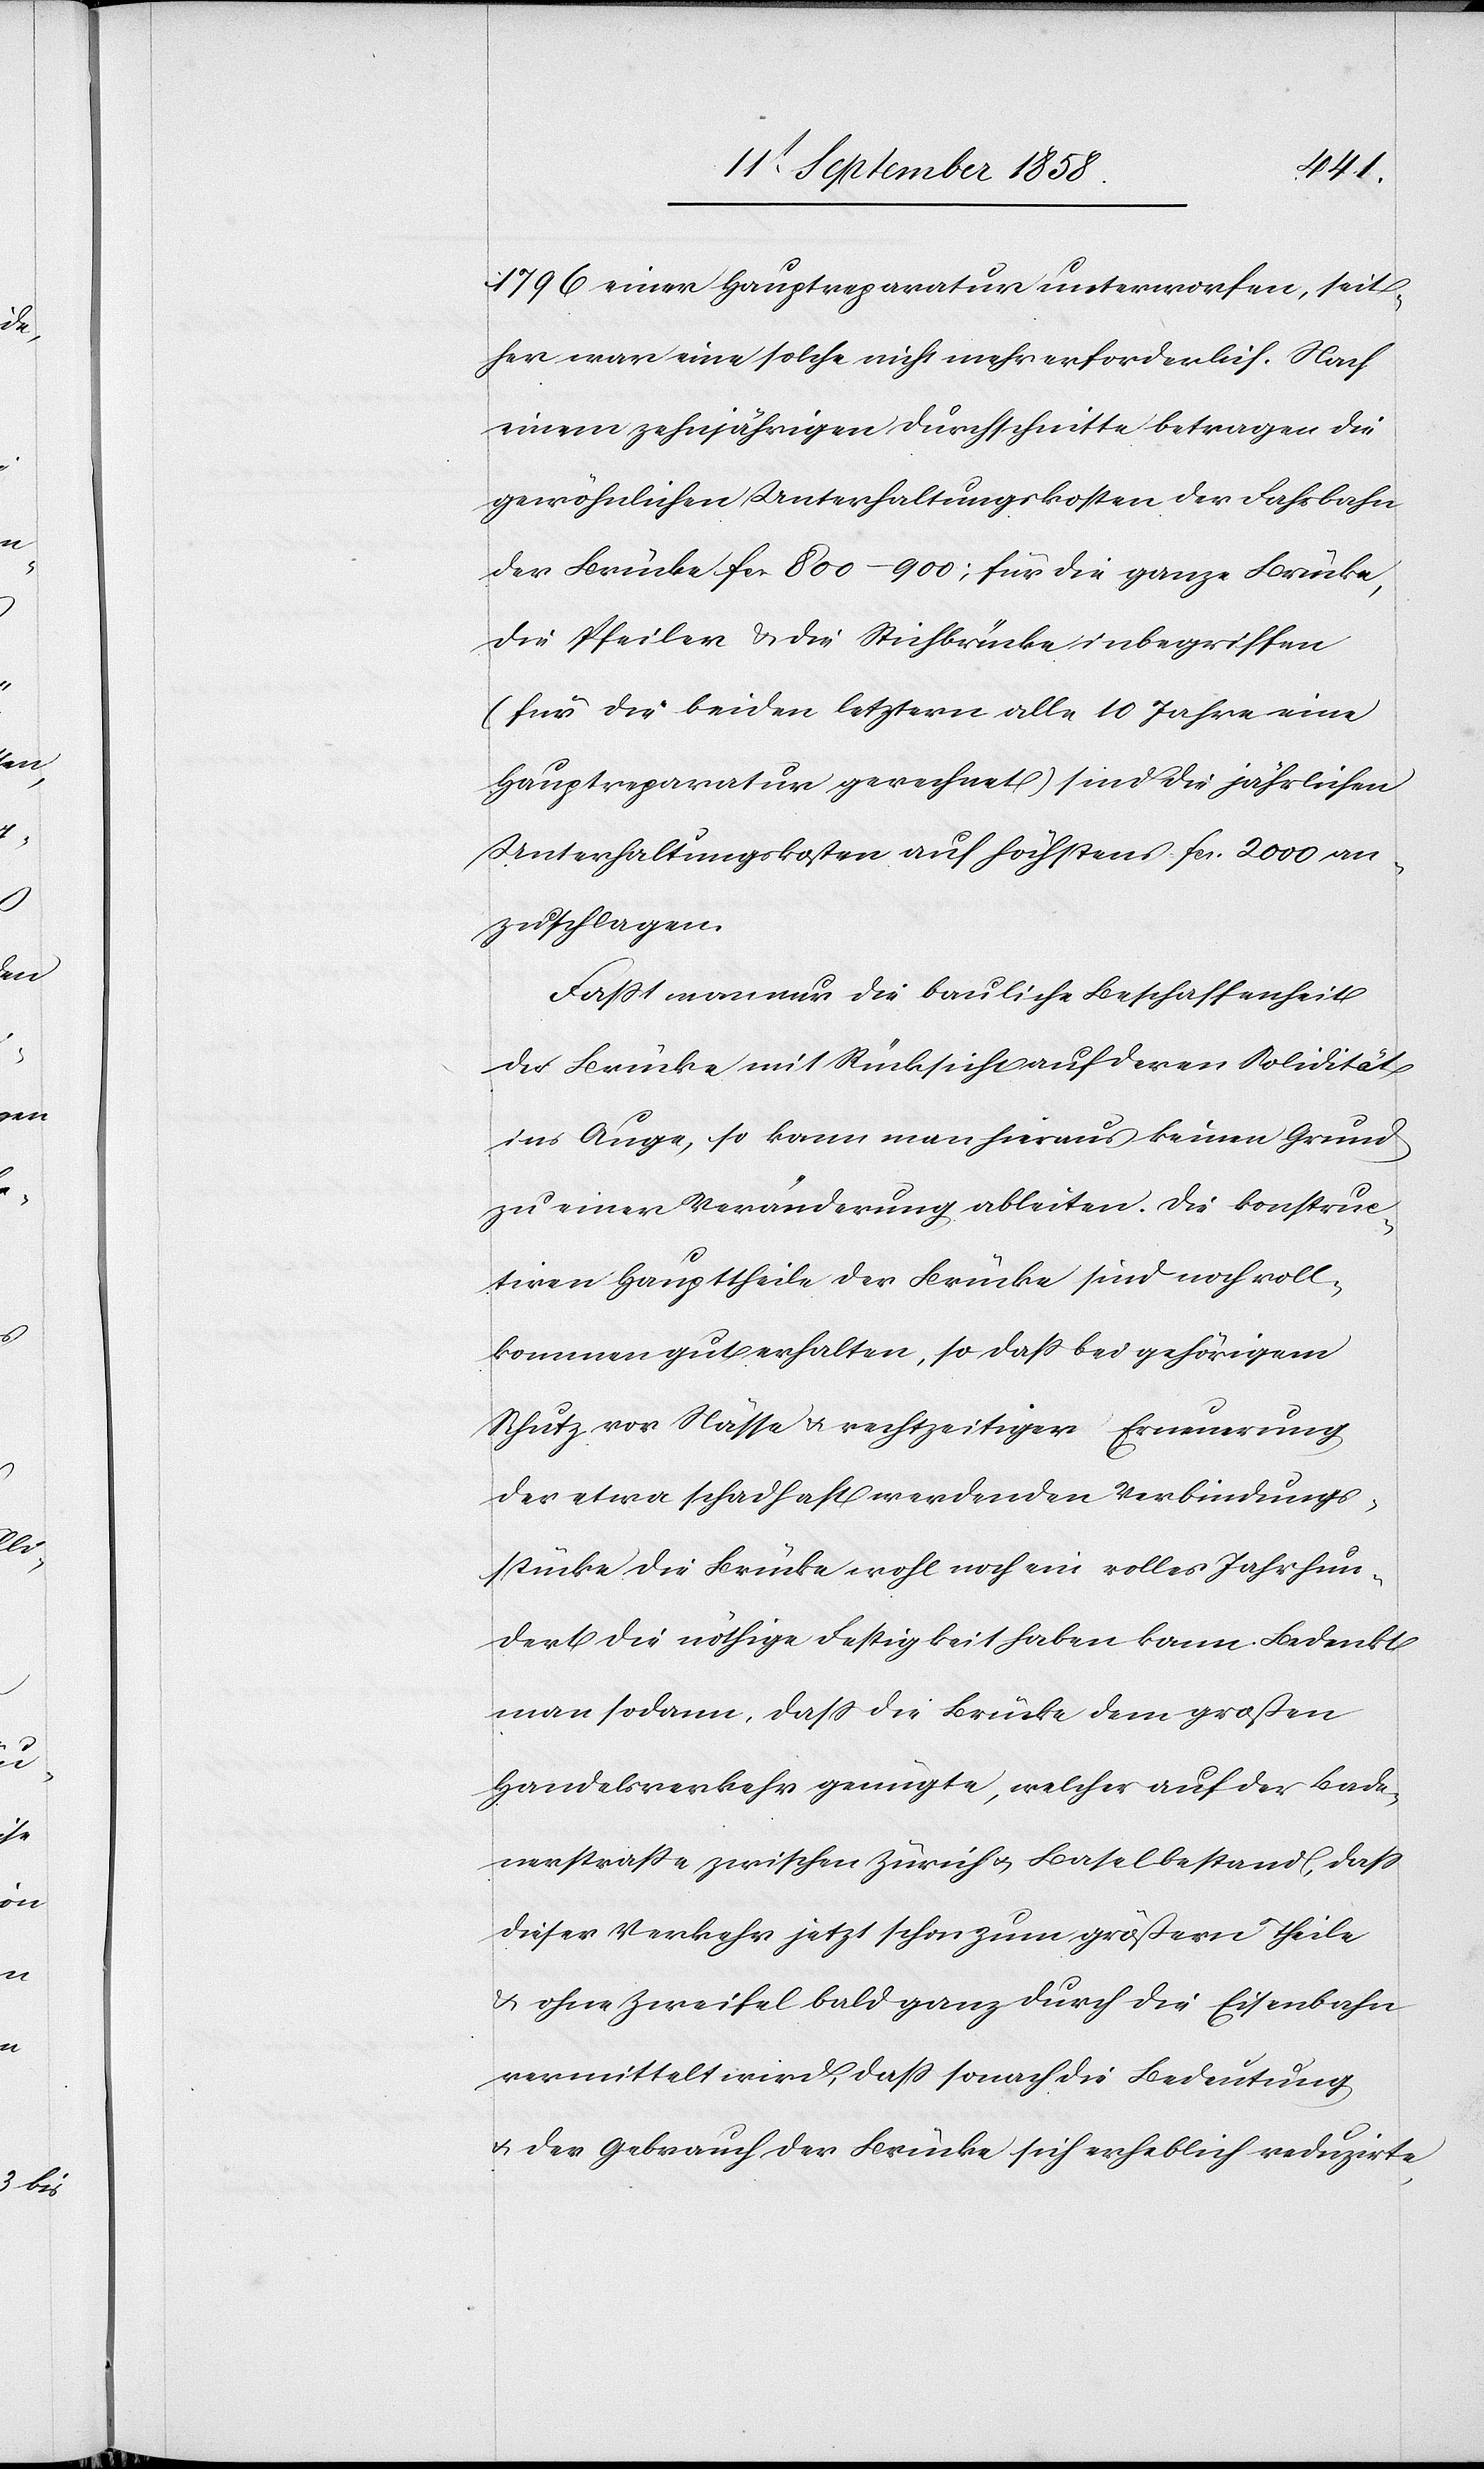
1796 einer Hauptreparatur unterworfen, seit¬
her war eine solche nicht mehr erforderlich. Nach
einem zehnjährigen Durchschnitte betragen die
gewöhnlichen Unterhaltungskosten der Fahrbahn
der Brücke fcs. 800–900; für die ganze Brücke,
die Pfeiler & die Stichbrücke inbegriffen
(für die beiden letztern alle 10 Jahre eine
Hauptreparatur gerechnet) sind die jährlichen
Unterhaltungskosten auf höchstens fcs. 2000 an¬
zuschlagen.
Fasst man nur die bauliche Beschaffenheit
der Brücke mit Rücksicht auf deren Solidität
ins Auge, so kann man hieraus keinen Grund
zu einer Veränderung ableiten. Die konstruc¬
tiven Haupttheile der Brücke sind noch voll¬
kommen gut erhalten, so dass bei gehörigem
Schutz vor Nässe & rechtzeitiger Erneuerung
der etwa schadhaft werdenden Verbindungss¬
tücke die Brücke wohl noch ein volles Jahrhun¬
dert die nöthige Festigkeit haben kann. Bedenkt
man sodann, dass die Brücke dem großen
Handelsverkehr genügte, welcher auf der Bade¬
nerstraße zwischen Zürich & Basel bestand, dass
dieser Verkehr jetzt schon zum größern Theile
& ohne Zweifel bald ganz durch die Eisenbahn
vermittelt wird, dass sonach die Bedeutung
& der Gebrauch der Brücke sich erheblich reduzirte,